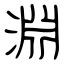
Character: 淵